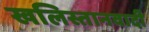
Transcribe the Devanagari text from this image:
खलिस्तानवादी